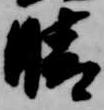
晴